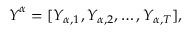
\boldsymbol { Y } ^ { \alpha } = [ Y _ { \alpha , 1 } , Y _ { \alpha , 2 } , \ldots , Y _ { \alpha , T } ] ,